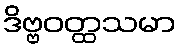
ဒိဗ္ဗဝတ္ထသမာ